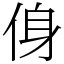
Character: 㑗